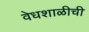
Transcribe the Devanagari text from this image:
वेधशाळीची